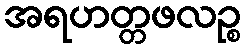
အရဟတ္တဖလဉ္စ